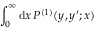
\int _ { 0 } ^ { \infty } \mathrm { d } x \, P ^ { ( 1 ) } ( y , y ^ { \prime } ; x )